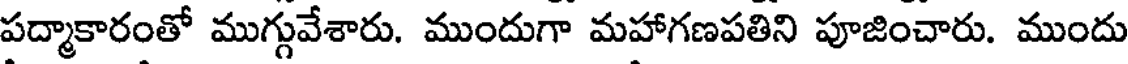
పద్మాకారంతో ముగ్గువేశారు. ముందుగా మహాగణపతిని పూజించారు. ముందు